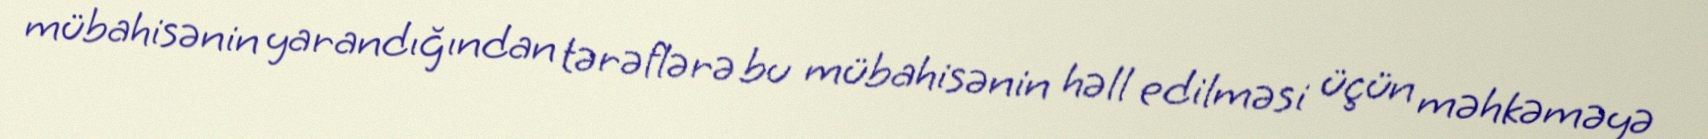
mübahisənin yarandığından tərəflərə bu mübahisənin həll edilməsi üçün məhkəməyə